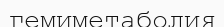
гемиметаболия